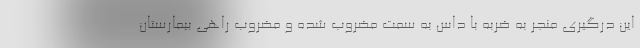
این درگیری منجر به ضربه با داس به سمت مضروب شده و مضروب راهی بیمارستان